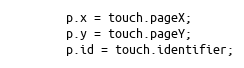
Language: JavaScript
		p.x = touch.pageX;
		p.y = touch.pageY;
		p.id = touch.identifier;